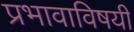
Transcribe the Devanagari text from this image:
प्रभावाविषयी